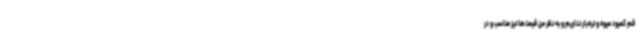
قم کمبود میوه و تره‌بار نداریم و به نظر من قیمت‌ها نیز مناسب و در